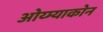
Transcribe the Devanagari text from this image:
ओय्म्याकोन